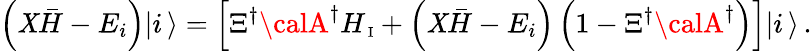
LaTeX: \left({\cal\mathit{X}}{\bar{{H}}}-E_{i}\right)|i\, \rangle=\left[\Xi^{\dagger}{\calA}^{\dagger}H_{\mathrm{{\scriptsize~I}}}+\left({\cal\mathit{X}}{\bar{{H}}}-E_{i}\right)\left(1-\Xi^{\dagger}{\calA}^{\dagger}\right)\right]|i\, \rangle\, .